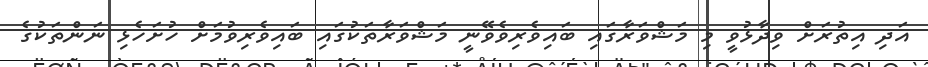
އަދި އިތުރަށް ވިދާޅުވީ މި މަޝްވަރާގައި ބައިވެރިވެވޭނީ މަޝްވަރާތަކުގައި ބައިވެރިވުމަށް ހުށަހެޅި ނަންތަކުގެ